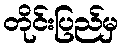
တိုင်းပြည်မှ